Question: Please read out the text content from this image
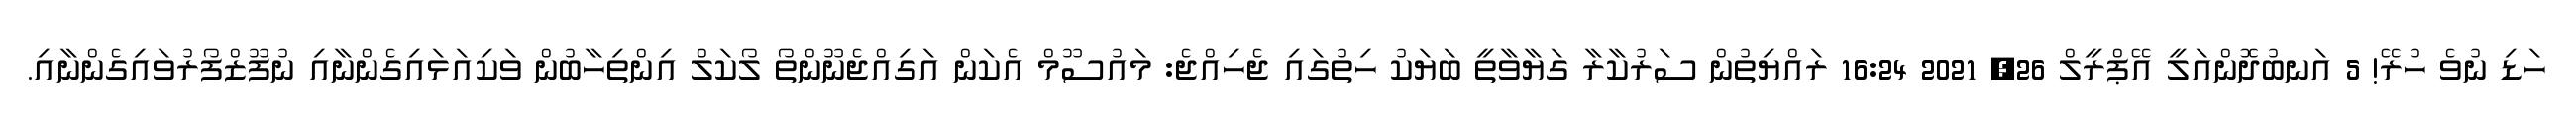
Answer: ހަޑި ނުވެ ހުރޭ! 5 އަނބުދޮންއަލީ އޭޕްރީލް 26, 2021 16:24 ރައްޔިތުން ސަރުކާރާ ގަޔާވާތީ ބަޔަކު ހިތުގައި ޖެހިއްޖެ: މައުސޫމް އެކަން އަގިއްޖެނޫންތޯ ލޯކަލް އިންތިހާބުން ވަކިއަޅައިގެންނާއި ނުފޫޒްފޯރުވައިގެންނާއި.